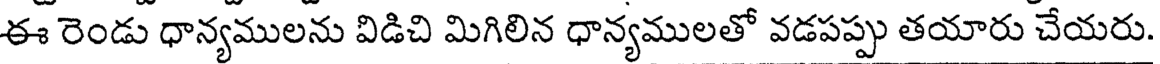
ఈ రెండు ధాన్యములను విడిచి మిగిలిన ధాన్యములతో వడపప్పు తయారు చేయరు